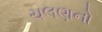
ચલણનો